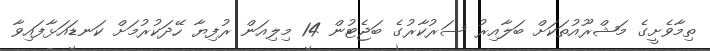
ތިމާވެށީގެ މަޝްރޫއުތަކަށް ބަލާއިރު ސަރުކާރުގެ ބަޖެޓުން 14 މިލިއަން ރުފިޔާ ހޭދަކުރުމަށް ކަނޑައަޅާފައިވާ